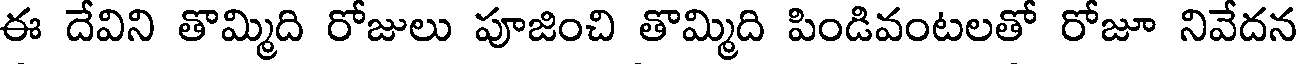
ఈ దేవిని తొమ్మిది రోజులు పూజించి తొమ్మిది పిండివంటలతో రోజూ నివేదన